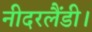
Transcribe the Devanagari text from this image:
नीदरलैंडी।